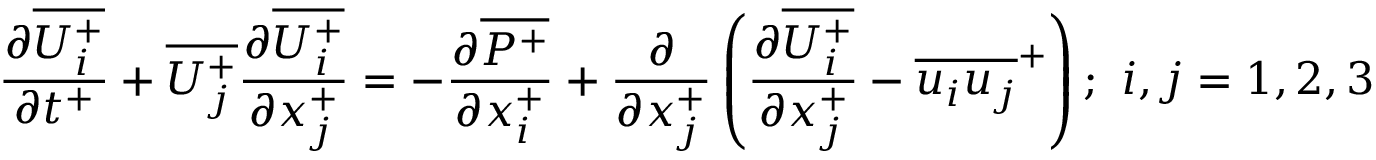
{ \frac { \partial \overline { { U _ { i } ^ { + } } } } { \partial t ^ { + } } } + \overline { { U _ { j } ^ { + } } } \frac { \partial \overline { { U _ { i } ^ { + } } } } { \partial x _ { j } ^ { + } } = - \frac { \partial \overline { { P ^ { + } } } } { \partial x _ { i } ^ { + } } + \frac { \partial } { \partial x _ { j } ^ { + } } \left( \frac { \partial \overline { { U _ { i } ^ { + } } } } { \partial x _ { j } ^ { + } } - \overline { { u _ { i } u _ { j } } } ^ { + } \right) ; ~ i , j = { 1 , 2 , 3 }